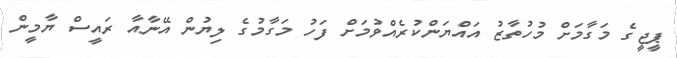
ޕީޖީގެ މަގާމަށް މުހުތާޒު އައްޔަންކުރެއްވުމަށް ފަހު މަގާމުގެ ލިޔުން އޭނާއާ ރައީސް ޔާމީން